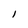
Character: I